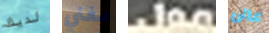
لديك مغني مول عالى